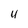
Character: 4